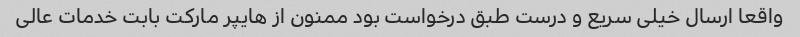
واقعا ارسال خیلی سریع و درست طبق درخواست بود ممنون از هایپر مارکت بابت خدمات عالی